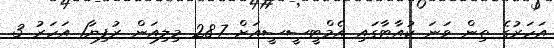
އަހަރުގެ ތިން ވަނަ ކުއާޓާގައި އެމްޓީސީސީއަށް 28.7 މިލިއަން ރުފިޔާ1 އަހަރު 3